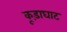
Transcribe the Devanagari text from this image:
कूड़ाघाट